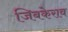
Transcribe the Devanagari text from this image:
जिबकेराव